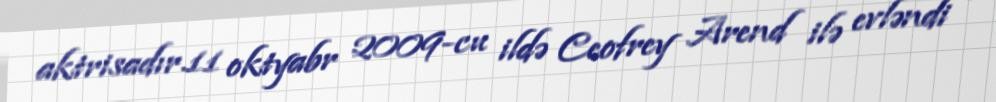
aktrisadır.11 oktyabr 2009-cu ildə Ceofrey Arend ilə evləndi .